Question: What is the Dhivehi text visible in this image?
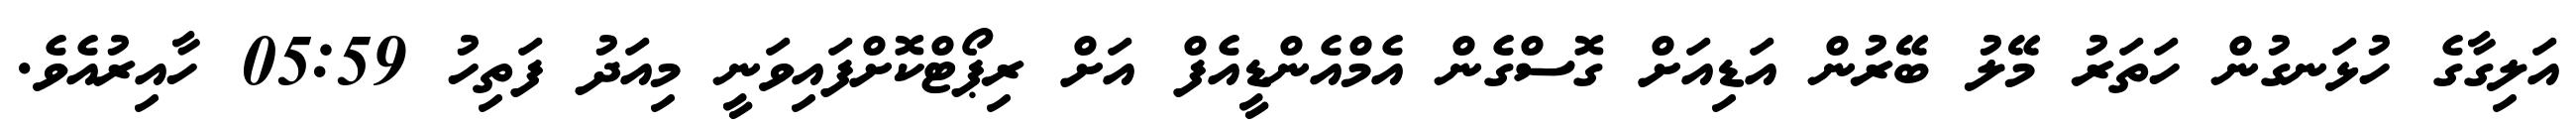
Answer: އަލިގާގެ ހުޅަނގުން ހަތަރު މޭލު ބޭރުން އަޑިއަށް ގޮސްގެން އެމްއެންޑީއެފް އަށް ރިޕޯޓްކޮށްފައިވަނީ މިއަދު ފަތިހު 05:59 ހާއިރުއެވެ.